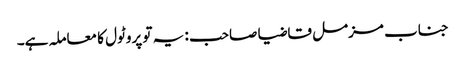
جناب مزمل قاضیا صاحب : یہ تو پروٹول کا معاملہ ہے۔